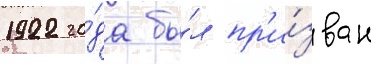
1922 го́да бы́л пр'и́зван